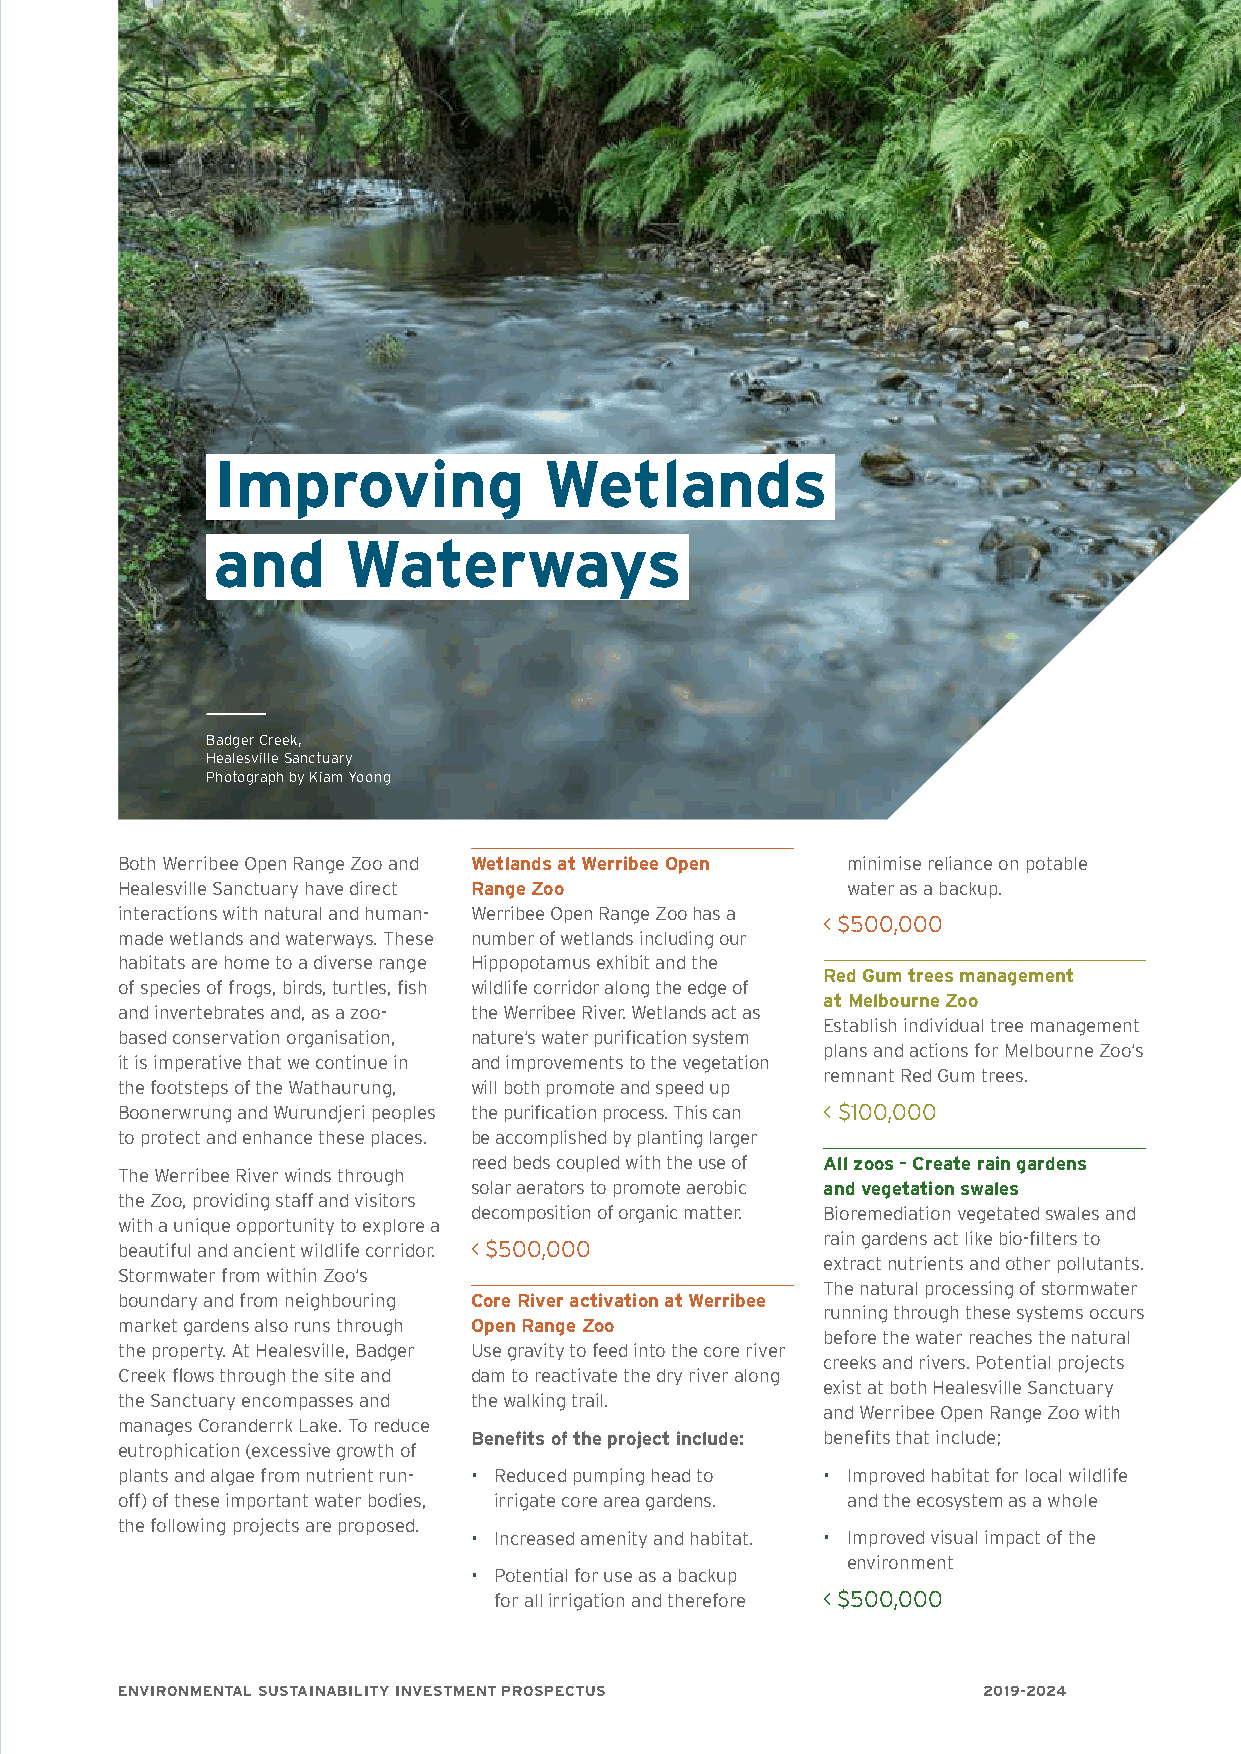
33
 Improving             Wetlands
 and      Waterways
 Badger Creek,
 Healesville Sanctuary
 Photograph by Kiam Yoong
 Both Werribee Open Range Zoo and Wetlands at Werribee Open minimise reliance on potable
 Healesville Sanctuary have direct Range Zoo     water as a backup.
 interactions with natural and human- Werribee Open Range Zoo has a
 < $500,000
 made wetlands and waterways. These number of wetlands including our
 habitats are home to a diverse range Hippopotamus exhibit and the
 Red Gum trees management
 of species of frogs, birds, turtles, fish wildlife corridor along the edge of
 at Melbourne Zoo
 and invertebrates and, as a zoo- the Werribee River. Wetlands act as
 Establish individual tree management
 based conservation organisation, nature’s water purification system
 plans and actions for Melbourne Zoo’s
 it is imperative that we continue in and improvements to the vegetation
 remnant Red Gum trees.
 the footsteps of the Wathaurung, will both promote and speed up
 Boonerwrung and Wurundjeri peoples the purification process. This can < $100,000
 to protect and enhance these places. be accomplished by planting larger
 reed beds coupled with the use of All zoos - Create rain gardens
 The Werribee River winds through
 solar aerators to promote aerobic and vegetation swales
 the Zoo, providing staff and visitors
 decomposition of organic matter. Bioremediation vegetated swales and
 with a unique opportunity to explore a
 rain gardens act like bio-filters to
 beautiful and ancient wildlife corridor. < $500,000
 extract nutrients and other pollutants.
 Stormwater from within Zoo’s
 The natural processing of stormwater
 boundary and from neighbouring Core River activation at Werribee
 running through these systems occurs
 market gardens also runs through Open Range Zoo
 before the water reaches the natural
 the property. At Healesville, Badger Use gravity to feed into the core river
 creeks and rivers. Potential projects
 Creek flows through the site and dam to reactivate the dry river along
 exist at both Healesville Sanctuary
 the Sanctuary encompasses and the walking trail.
 and Werribee Open Range Zoo with
 manages Coranderrk Lake. To reduce
 Benefits of the project include: benefits that include;
 eutrophication (excessive growth of
 plants and algae from nutrient run- • Reduced pumping head to • Improved habitat for local wildlife
 off) of these important water bodies, irrigate core area gardens. and the ecosystem as a whole
 the following projects are proposed.
 • Increased amenity and habitat. • Improved visual impact of the
 environment
 • Potential for use as a backup
 for all irrigation and therefore < $500,000
 ENVIRONMENTAL SUSTAINABILITY INVESTMENT PROSPECTUS       2019-2024